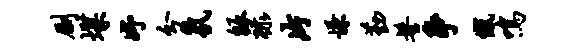
劂堞妤分氛皈禄片慊勤髻争憾鸣